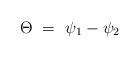
LaTeX: \begin{align*}\Theta\ =\ \psi_1-\psi_2\end{align*}